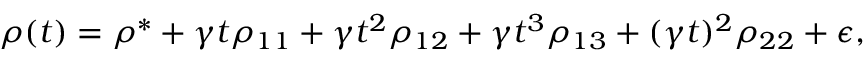
\rho ( t ) = \rho ^ { * } + \gamma t \rho _ { 1 1 } + \gamma t ^ { 2 } \rho _ { 1 2 } + \gamma t ^ { 3 } \rho _ { 1 3 } + ( \gamma t ) ^ { 2 } \rho _ { 2 2 } + \epsilon ,